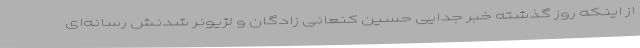
از اینکه روز گذشته خبر جدایی حسین کنعانی زادگان و لژیونر شدنش رسانه‌ای